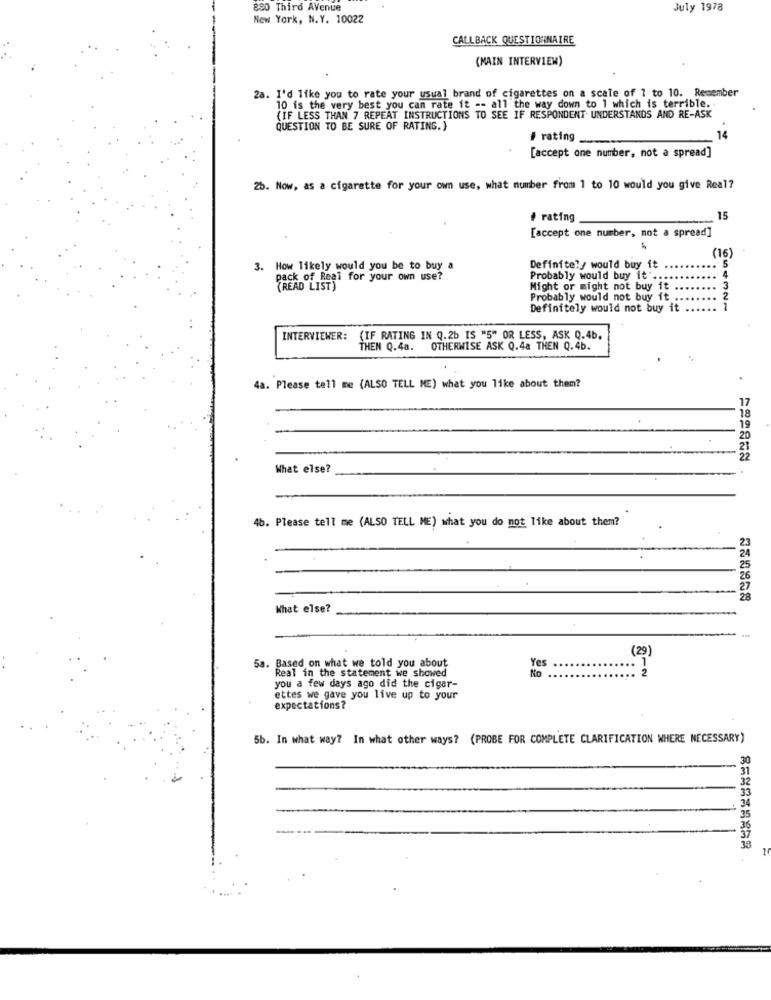
880 Third Avenue
July 1978
New York, N.Y. 10022
CALLBACK QUESTIONNAIRE
(MAIN INTERVIEW)
2a. I'd like you to rate your usual brand of cigarettes on a scale of 7 to 10. Remember
10 is the very best you can rate it -- all the way down to 1 which is terrible.
(IF LESS THAN 7 REPEAT INSTRUCTIONS TO SEE IF RESPONDENT. UNDERSTANDS AND RE-ASK
QUESTION TO BE SURE OF RATING.)
# rating
14
[accept one number, not a spread]
25. Now, as a cigarette for your own use, what number from 1 to 10 would you give Real?
# rating
15
['accept one number, not a spread]
(16)
3. How likely would you be to buy a
Definitely would buy it
S
pack of Real for your own use?
Probably would buy it' ..
(READ LIST)
Might or might not buy it
Probably would not buy it ..
Definitely would not buy it
54321
INTERVIEWER:
(IF RATING IN Q.2b IS "5" OR LESS, ASK Q.4b.
THEN Q.4a. OTHERWISE ASK Q.4a THEN Q.4b.
4a. Please tell me (ALSO TELL ME) what you like about them?
17
19
What else?
4b. Please tell me (ALSO TELL ME) what you do not like about them?
What else?
(29)
Yes
1
5a. Based on what we told you about
Real in the statement we showed
2
you a few days ago did the cigar-
ettes we gave you live up to your
expectations?
5b. In what way? In what other ways? (PROBE FOR COMPLETE CLARIFICATION WHERE NECESSARY)
30